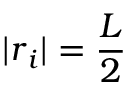
| { \boldsymbol r } _ { i } | = \frac L 2